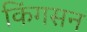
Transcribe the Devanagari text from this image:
किंगसन